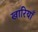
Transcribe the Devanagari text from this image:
खारियाँ